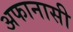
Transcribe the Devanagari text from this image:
अफानासी